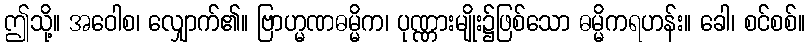
ဤသို့။ အဝေါစ၊ လျှောက်၏။ ဗြာဟ္မဏဓမ္မိက၊ ပုဏ္ဏားမျိုး၌ဖြစ်သော ဓမ္မိကရဟန်း။ ခေါ၊ စင်စစ်။